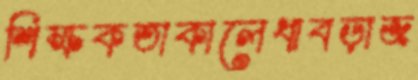
শিক্ষকতাকালেধাবড়াজ